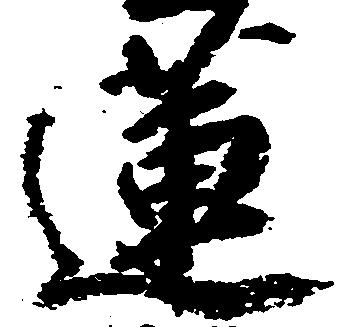
蓮